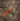
مع